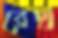
রেথ